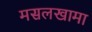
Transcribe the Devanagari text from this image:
मसलखामा